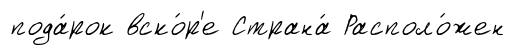
пода́рок вско́р'е Страна́ Располо́жен